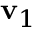
\mathbf { v } _ { 1 }